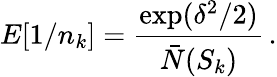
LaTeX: E[1/n_{k}]=\frac{\exp(\delta^{2}/2)}{\bar{N}(S_{k})}\, .